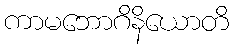
ကာမဘောဂိနိယောတိ